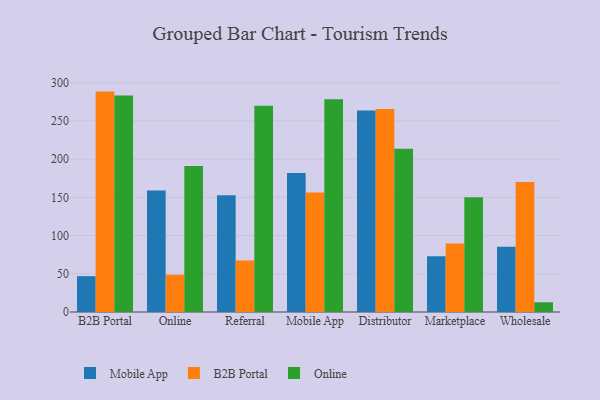
{"axis": {"x": "Channel", "y": "Headcount"}, "legend": ["B2B Portal", "Mobile App", "Online"], "data": [{"x": "B2B Portal", "y": 46.9, "type": "Mobile App"}, {"x": "B2B Portal", "y": 288.4, "type": "B2B Portal"}, {"x": "B2B Portal", "y": 283.2, "type": "Online"}, {"x": "Online", "y": 159.0, "type": "Mobile App"}, {"x": "Online", "y": 48.7, "type": "B2B Portal"}, {"x": "Online", "y": 191.1, "type": "Online"}, {"x": "Referral", "y": 152.7, "type": "Mobile App"}, {"x": "Referral", "y": 67.4, "type": "B2B Portal"}, {"x": "Referral", "y": 269.9, "type": "Online"}, {"x": "Mobile App", "y": 182.0, "type": "Mobile App"}, {"x": "Mobile App", "y": 156.5, "type": "B2B Portal"}, {"x": "Mobile App", "y": 278.3, "type": "Online"}, {"x": "Distributor", "y": 263.7, "type": "Mobile App"}, {"x": "Distributor", "y": 265.6, "type": "B2B Portal"}, {"x": "Distributor", "y": 213.6, "type": "Online"}, {"x": "Marketplace", "y": 72.8, "type": "Mobile App"}, {"x": "Marketplace", "y": 89.7, "type": "B2B Portal"}, {"x": "Marketplace", "y": 150.1, "type": "Online"}, {"x": "Wholesale", "y": 85.4, "type": "Mobile App"}, {"x": "Wholesale", "y": 170.2, "type": "B2B Portal"}, {"x": "Wholesale", "y": 12.7, "type": "Online"}]}